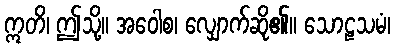
ဣတိ၊ ဤသို့။ အဝေါစ၊ လျှောက်ဆို၏။ သောဠသမံ၊